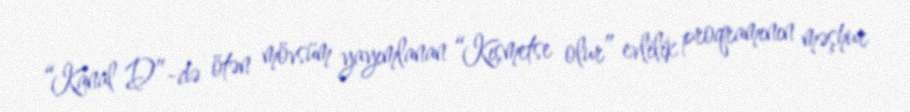
“Kanal D”-də ötən mövsüm yayımlanan “Kısmetse olur” evlilik proqramının məşhur